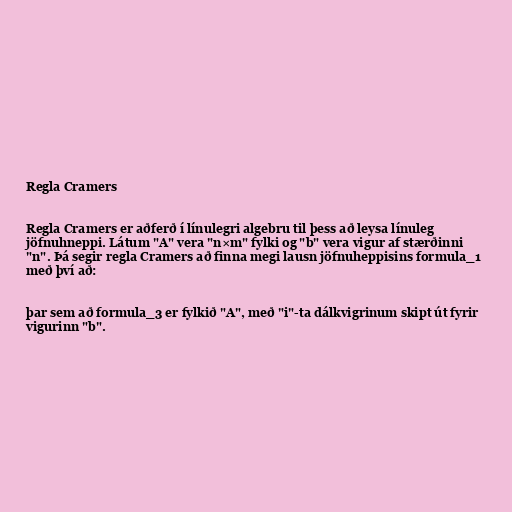
Regla Cramers

Regla Cramers er aðferð í línulegri algebru til þess að leysa línuleg
jöfnuhneppi. Látum "A" vera "n×m" fylki og "b" vera vigur af stærðinni
"n". Þá segir regla Cramers að finna megi lausn jöfnuheppisins formula_1
með því að:

þar sem að formula_3 er fylkið "A", með "i"-ta dálkvigrinum skipt út fyrir
vigurinn "b".